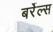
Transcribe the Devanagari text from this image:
बर्रेल्स